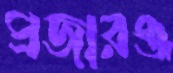
প্রজারঞ্জ